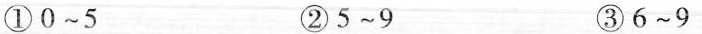
①0~5 ②5~9 ③6~9